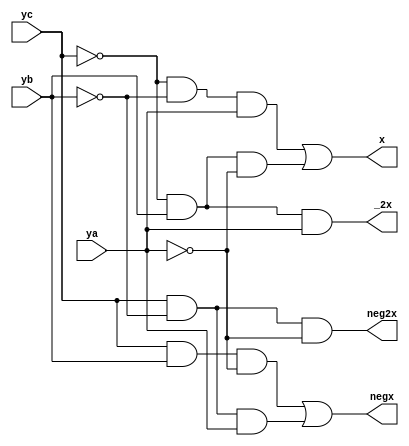
//Y
module YDecoder( 
    input yc, yb, ya, //c -> i+1; b -> i; a -> i-1;Y
    output negx, x, neg2x, _2x
    );

assign negx = (yc & yb & ~ya) | (yc & ~yb & ya); //110101-[x]
assign x = (~yc & ~yb & ya) | (~yc & yb & ~ya);  //001010+[x]
assign neg2x = (yc & ~yb & ~ya);                 //100-2[x]
assign _2x = (~yc & yb & ya);                    //011+[x]
//0001110 
endmodule


module BoothBase(
    input negx, x, neg2x, _2x,
    input InX,
    input PosLastX, NegLastX,
    output PosNextX, NegNextX,
    output OutX
    );
//OutXYX
//Inx[0]PosLastXNegLastX0,1neg2x1OutX[0]1,_2x1OutX[0]0Inx[0]...
//negxneg2x+1,negxneg2x_2x1OutX[0]0,InX[0]...
assign OutX = (negx & ~InX) | (x & InX) | (neg2x & NegLastX) | (_2x & PosLastX); //0 & 0 =0
assign PosNextX = InX;
assign NegNextX = ~InX;

endmodule


module BoothInterBase(  //YX0[x]-[x]2[x]-2[x]
    input [2:0] y,
    input [63:0] InX,
    output [63:0] OutX,
    output Carry        //
);

wire negx, x, neg2x, _2x;
wire [1:0] CarrySig [64:0];

YDecoder uu(.yc(y[2]), .yb(y[1]), .ya(y[0]), .negx(negx), .x(x), .neg2x(neg2x), ._2x(_2x));

BoothBase fir(.negx(negx),     
              .x(x),
              .neg2x(neg2x), 
              ._2x(_2x),
              .InX(InX[0]), 
              .PosLastX(1'b0),
              .NegLastX(1'b1),
              .PosNextX(CarrySig[1][0]),    // output
              .NegNextX(CarrySig[1][1]),    //output
               .OutX(OutX[0]));             //output

generate
    genvar i;
    for (i=1; i<64; i=i+1) begin: gfor
        BoothBase ui(
            .negx(negx),
            .x(x),
            .neg2x(neg2x),
            ._2x(_2x),
            .InX(InX[i]),
            .PosLastX(CarrySig[i][0]),
            .NegLastX(CarrySig[i][1]),
            .PosNextX(CarrySig[i+1][0]),
            .NegNextX(CarrySig[i+1][1]),
            .OutX(OutX[i])
        );
    end
endgenerate

assign Carry = negx || neg2x;    //-[x]-2[x]1                  

endmodule


module addr(
    input A, B, C,
    output Carry, S
    );

assign S = ~A & ~B & C | ~A & B & ~C | A & ~B & ~C | A & B & C;
assign Carry = A & B | A & C | B & C;

endmodule


module WallaceTreeBase(
    input [16:0] InData,
    input [13:0] CIn,
    output [13:0] COut,
    output C, S
    );

//first stage   
wire [4:0] FirSig;
addr first1(.A(InData[4]), .B(InData[3]), .C(InData[2]), .Carry(COut[0]), .S(FirSig[0]));
addr first2(.A(InData[7]), .B(InData[6]), .C(InData[5]), .Carry(COut[1]), .S(FirSig[1]));
addr first3(.A(InData[10]), .B(InData[9]), .C(InData[8]), .Carry(COut[2]), .S(FirSig[2]));
addr first4(.A(InData[13]), .B(InData[12]), .C(InData[11]), .Carry(COut[3]), .S(FirSig[3]));
addr first5(.A(InData[16]), .B(InData[15]), .C(InData[14]), .Carry(COut[4]), .S(FirSig[4]));

//second stage 
wire [3:0] SecSig;
addr second1(.A(CIn[2]), .B(CIn[1]), .C(CIn[0]), .Carry(COut[5]), .S(SecSig[0]));
addr second2(.A(InData[0]), .B(CIn[4]), .C(CIn[3]), .Carry(COut[6]), .S(SecSig[1]));
addr second3(.A(FirSig[1]), .B(FirSig[0]), .C(InData[1]), .Carry(COut[7]), .S(SecSig[2]));
addr second4(.A(FirSig[4]), .B(FirSig[3]), .C(FirSig[2]), .Carry(COut[8]), .S(SecSig[3]));

//third stage   
wire [1:0] ThiSig;
addr third1(.A(SecSig[0]), .B(CIn[6]), .C(CIn[5]), .Carry(COut[9]), .S(ThiSig[0]));
addr third2(.A(SecSig[3]), .B(SecSig[2]), .C(SecSig[1]), .Carry(COut[10]), .S(ThiSig[1]));

//fourth stage  
wire [1:0] ForSig;
addr fourth1(.A(CIn[9]), .B(CIn[8]), .C(CIn[7]), .Carry(COut[11]), .S(ForSig[0]));
addr fourth2(.A(ThiSig[1]), .B(ThiSig[0]), .C(CIn[10]), .Carry(COut[12]), .S(ForSig[1]));

//fifth stage   
wire FifSig;
addr fifth1(.A(ForSig[1]), .B(ForSig[0]), .C(CIn[11]), .Carry(COut[13]), .S(FifSig));

//sixth stage   
addr sixth1(.A(FifSig), .B(CIn[13]), .C(CIn[12]), .Carry(C), .S(S));

endmodule

//-------------------------------------------------------------------------------------------------------------------

module mul(
    input mul_clk, reset,
    input mul_signed,
    input [31:0] x, y, //x64 y33 
    output [63:0] result
    );



wire [63:0] CalX;
wire [32:0] CalY;

assign CalX = mul_signed ? {{32{x[31]}}, x} : {32'b0, x};
assign CalY = mul_signed ? {y[31], y} : {1'b0, y};

//booth
wire [16:0] Carry; //booth
wire [63:0] BoothRes [16:0]; //booth
BoothInterBase fir(.y({CalY[1], CalY[0], 1'b0}), .InX(CalX), .OutX(BoothRes[0]), .Carry(Carry[0]));  //boothY0,YOutX0[x]-[x]2[x]-2[x]OutX-[X]/-2[X]carry1

generate
    genvar i;
    for (i=2; i<32; i=i+2) begin: boothfor   //15booth
        BoothInterBase ai(
            .y(CalY[i+1:i-1]),
            .InX(CalX<<i),          //2
            .OutX(BoothRes[i>>1]), //->2,BoothResBoothRes[15]
            .Carry(Carry[i>>1])
        );
    end
endgenerate

BoothInterBase las(.y({CalY[32], CalY[32], CalY[31]}), .InX(CalX<<32), .OutX(BoothRes[16]), .Carry(Carry[16]));//17booth

reg [16:0] SecStageCarry;            //booth
reg [63:0] SecStageBoothRes [16:0];  //1764
integer p;

always @(posedge mul_clk) begin
    if (~reset) begin
        SecStageCarry <= Carry;
        for(p=0; p<17; p=p+1) begin
            SecStageBoothRes[p] <= BoothRes[p];
        end 
    end
end

//wallace
wire [13:0] WallaceInter [64:0] /*verilator split_var*/;
wire [63:0] COut, SOut;
//16646416166412+14=26.1+1=2.2+4=6
WallaceTreeBase firs(
            .InData({SecStageBoothRes[0][0], SecStageBoothRes[1][0], SecStageBoothRes[2][0], SecStageBoothRes[3][0], SecStageBoothRes[4][0], SecStageBoothRes[5][0], SecStageBoothRes[6][0],
            SecStageBoothRes[7][0], SecStageBoothRes[8][0], SecStageBoothRes[9][0], SecStageBoothRes[10][0], SecStageBoothRes[11][0], SecStageBoothRes[12][0], SecStageBoothRes[13][0], SecStageBoothRes[14][0],
            SecStageBoothRes[15][0], SecStageBoothRes[16][0]}),
            .CIn(SecStageCarry[13:0]),
            .COut(WallaceInter[1]),
            .C(COut[0]),
            .S(SOut[0])
        );

generate
    genvar n;
    for (n=1; n<64; n=n+1) begin: wallacefor
        WallaceTreeBase bi(
            .InData({SecStageBoothRes[0][n], SecStageBoothRes[1][n], SecStageBoothRes[2][n], SecStageBoothRes[3][n], SecStageBoothRes[4][n], SecStageBoothRes[5][n], SecStageBoothRes[6][n],
            SecStageBoothRes[7][n], SecStageBoothRes[8][n], SecStageBoothRes[9][n], SecStageBoothRes[10][n], SecStageBoothRes[11][n], SecStageBoothRes[12][n], SecStageBoothRes[13][n], SecStageBoothRes[14][n],
            SecStageBoothRes[15][n], SecStageBoothRes[16][n]}),
            .CIn(WallaceInter[n]),   //
            .COut(WallaceInter[n+1]),
            .C(COut[n]),
            .S(SOut[n])
        );
    end
endgenerate

//64bit add
assign result = SOut + {COut[62:0], SecStageCarry[14]} + SecStageCarry[15]; //p1435-4

endmodule